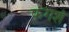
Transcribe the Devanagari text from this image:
फंगशं